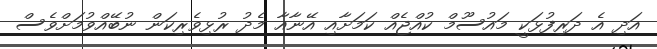
އަދި އެ ދަރިފުޅަކީ މައުސޫމް ކުއްޖެއް ކަމަށާއި އޭނާއާ މެދު ރުޅިވެރިކަން ނުބޭއްވުމަށްވެސް